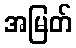
အမြတ်